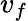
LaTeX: v_{f}